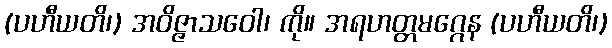
(ပဟီယတိ၊) အဝိဇ္ဇာသဝေါ၊ ကို။ အရဟတ္တမဂ္ဂေန (ပဟီယတိ၊)